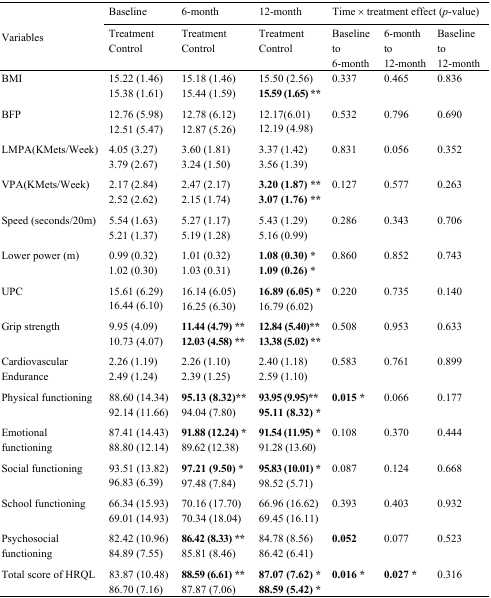
<table><thead><tr><td rowspan="3"><b>Variables</b></td><td><b>Baseline</b></td><td><b>6-month</b></td><td><b>12-month</b></td><td colspan="3"><b>Time × treatment effect (<i>p</i>-value)</b></td></tr><tr><td><b>Treatment</b></td><td><b>Treatment</b></td><td><b>Treatment</b></td><td rowspan="2"><b>Baseline to 6-month</b></td><td rowspan="2"><b>6-month to 12-month</b></td><td rowspan="2"><b>Baseline to 12-month</b></td></tr><tr><td><b>Control</b></td><td><b>Control</b></td><td><b>Control</b></td></tr></thead><tbody><tr><td rowspan="2">BMI</td><td>15.22 (1.46)</td><td>15.18 (1.46)</td><td>15.50 (2.56)</td><td rowspan="2">0.337</td><td rowspan="2">0.465</td><td rowspan="2">0.836</td></tr><tr><td>15.38 (1.61)</td><td>15.44 (1.59)</td><td><b>15.59 (1.65) **</b></td></tr><tr><td rowspan="2">BFP</td><td>12.76 (5.98)</td><td>12.78 (6.12)</td><td>12.17(6.01)</td><td rowspan="2">0.532</td><td rowspan="2">0.796</td><td rowspan="2">0.690</td></tr><tr><td>12.51 (5.47)</td><td>12.87 (5.26)</td><td>12.19 (4.98)</td></tr><tr><td rowspan="2">LMPA(KMets/Week)</td><td>4.05 (3.27)</td><td>3.60 (1.81)</td><td>3.37 (1.42)</td><td rowspan="2">0.831</td><td rowspan="2">0.056</td><td rowspan="2">0.352</td></tr><tr><td>3.79 (2.67)</td><td>3.24 (1.50)</td><td>3.56 (1.39)</td></tr><tr><td rowspan="2">VPA(KMets/Week)</td><td>2.17 (2.84)</td><td>2.47 (2.17)</td><td><b>3.20 (1.87) **</b></td><td rowspan="2">0.127</td><td rowspan="2">0.577</td><td rowspan="2">0.263</td></tr><tr><td>2.52 (2.62)</td><td>2.15 (1.74)</td><td><b>3.07 (1.76) **</b></td></tr><tr><td rowspan="2">Speed (seconds/20m)</td><td>5.54 (1.63)</td><td>5.27 (1.17)</td><td>5.43 (1.29)</td><td rowspan="2">0.286</td><td rowspan="2">0.343</td><td rowspan="2">0.706</td></tr><tr><td>5.21 (1.37)</td><td>5.19 (1.28)</td><td>5.16 (0.99)</td></tr><tr><td rowspan="2">Lower power (m)</td><td>0.99 (0.32)</td><td>1.01 (0.32)</td><td><b>1.08 (0.30) *</b></td><td rowspan="2">0.860</td><td rowspan="2">0.852</td><td rowspan="2">0.743</td></tr><tr><td>1.02 (0.30)</td><td>1.03 (0.31)</td><td><b>1.09 (0.26) *</b></td></tr><tr><td rowspan="2">UPC</td><td>15.61 (6.29)</td><td>16.14 (6.05)</td><td><b>16.89 (6.05) *</b></td><td rowspan="2">0.220</td><td rowspan="2">0.735</td><td rowspan="2">0.140</td></tr><tr><td>16.44 (6.10)</td><td>16.25 (6.30)</td><td>16.79 (6.02)</td></tr><tr><td rowspan="2">Grip strength</td><td>9.95 (4.09)</td><td><b>11.44 (4.79) **</b></td><td><b>12.84 (5.40)**</b></td><td rowspan="2">0.508</td><td rowspan="2">0.953</td><td rowspan="2">0.633</td></tr><tr><td>10.73 (4.07)</td><td><b>12.03 (4.58) **</b></td><td><b>13.38 (5.02) **</b></td></tr><tr><td rowspan="2">Cardiovascular Endurance</td><td>2.26 (1.19)</td><td>2.26 (1.10)</td><td>2.40 (1.18)</td><td rowspan="2">0.583</td><td rowspan="2">0.761</td><td rowspan="2">0.899</td></tr><tr><td>2.49 (1.24)</td><td>2.39 (1.25)</td><td>2.59 (1.10)</td></tr><tr><td rowspan="2">Physical functioning</td><td>88.60 (14.34)</td><td><b>95.13 (8.32)**</b></td><td><b>93.95 (9.95)**</b></td><td rowspan="2"><b>0.015 *</b></td><td rowspan="2">0.066</td><td rowspan="2">0.177</td></tr><tr><td>92.14 (11.66)</td><td>94.04 (7.80)</td><td><b>95.11 (8.32) *</b></td></tr><tr><td rowspan="2">Emotional functioning</td><td>87.41 (14.43)</td><td><b>91.88 (12.24) *</b></td><td><b>91.54 (11.95) *</b></td><td rowspan="2">0.108</td><td rowspan="2">0.370</td><td rowspan="2">0.444</td></tr><tr><td>88.80 (12.14)</td><td>89.62 (12.38)</td><td>91.28 (13.60)</td></tr><tr><td rowspan="2">Social functioning</td><td>93.51 (13.82)</td><td><b>97.21 (9.50) *</b></td><td><b>95.83 (10.01) *</b></td><td rowspan="2">0.087</td><td rowspan="2">0.124</td><td rowspan="2">0.668</td></tr><tr><td>96.83 (6.39)</td><td>97.48 (7.84)</td><td>98.52 (5.71)</td></tr><tr><td rowspan="2">School functioning</td><td>66.34 (15.93)</td><td>70.16 (17.70)</td><td>66.96 (16.62)</td><td rowspan="2">0.393</td><td rowspan="2">0.403</td><td rowspan="2">0.932</td></tr><tr><td>69.01 (14.93)</td><td>70.34 (18.04)</td><td>69.45 (16.11)</td></tr><tr><td rowspan="2">Psychosocial functioning</td><td>82.42 (10.96)</td><td><b>86.42 (8.33) **</b></td><td>84.78 (8.56)</td><td rowspan="2"><b>0.052</b></td><td rowspan="2">0.077</td><td rowspan="2">0.523</td></tr><tr><td>84.89 (7.55)</td><td>85.81 (8.46)</td><td>86.42 (6.41)</td></tr><tr><td rowspan="2">Total score of HRQL</td><td>83.87 (10.48)</td><td><b>88.59 (6.61) **</b></td><td><b>87.07 (7.62) *</b></td><td rowspan="2"><b>0.016 *</b></td><td rowspan="2"><b>0.027 *</b></td><td rowspan="2">0.316</td></tr><tr><td>86.70 (7.16)</td><td>87.87 (7.06)</td><td><b>88.59 (5.42) *</b></td></tr></tbody></table>